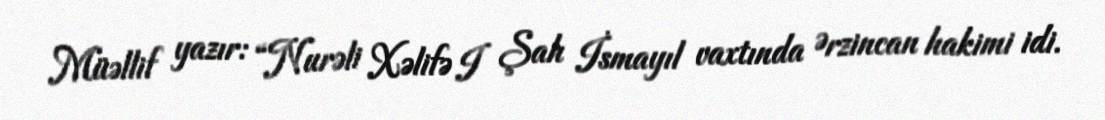
Müəllif yazır: “Nurəli Xəlifə I Şah İsmayıl vaxtında Ərzincan hakimi idi.